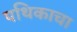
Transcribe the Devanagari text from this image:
पथिकाचा